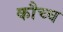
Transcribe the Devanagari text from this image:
कौच्च